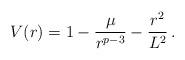
LaTeX: \begin{align*}V(r) = 1 -{\mu\over r^{p-3}}- {r^2\over L^2} \,.\end{align*}